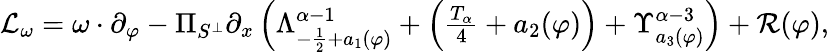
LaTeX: \begin{array}{r}{\mathcal{L}_{\omega}=\omega\cdot\partial_{\varphi}-\Pi_{S^{\perp}}\partial_{x}\left(\Lambda_{-\frac{1}{2}+a_{1}(\varphi)}^{\alpha-1}+\left(\frac{T_{\alpha}}{4}+a_{2}(\varphi)\right)+\Upsilon_{a_{3}(\varphi)}^{\alpha-3}\right)+\mathcal{R}(\varphi),}\end{array}